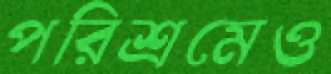
পরিশ্রমেও